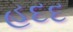
હદદ